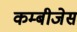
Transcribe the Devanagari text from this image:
कम्बीजेस